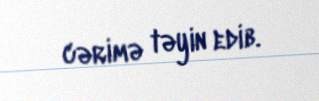
cərimə təyin edib.